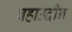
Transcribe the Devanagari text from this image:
बहाउदीन